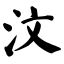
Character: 汶